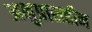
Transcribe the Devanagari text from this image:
अनुप्रासहीन